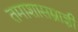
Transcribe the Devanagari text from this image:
तमाशासम्राज्ञी